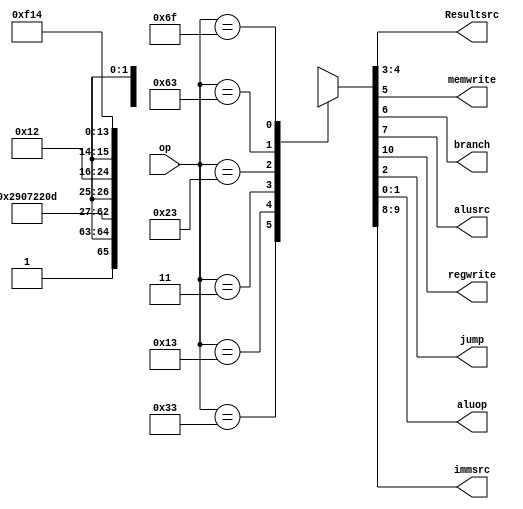
module maindec(op,Resultsrc, memwrite,branch, alusrc,regwrite,jump,aluop,immsrc);
input [6:0] op;
output [1:0]Resultsrc;
output memwrite,branch, alusrc, jump,regwrite;
output [1:0]aluop;
output [1:0]immsrc;
reg [10:0] controls;
assign {regwrite, immsrc, alusrc, branch, memwrite,Resultsrc, jump, aluop}= controls;
always @(*)
case(op)
// RegWrite_ImmSrc_ALUsrc_Branch_MemWrite_ResultSrc_Jump_Aluop
7'b0110011: controls <= 11'b1_xx_0_0_0_00_0_10; // R-type data
7'b0010011: controls <= 11'b1_00_1_0_0_00_0_11; // I-type data
7'b0000011: controls <= 11'b1_00_1_0_0_01_0_00; // LW
7'b0100011: controls <= 11'b0_01_1_0_1_xx_0_00; // SW
7'b1100011: controls <= 11'b0_10_0_1_0_xx_0_01; // BEQ
7'b1101111: controls <= 11'b1_11_0_0_0_10_1_00; // JAL
default: controls <= 11'bxxxxxxxxxxx; // ???
endcase
endmodule